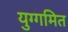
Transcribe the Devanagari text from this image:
युग्गमित